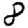
Digit: 8